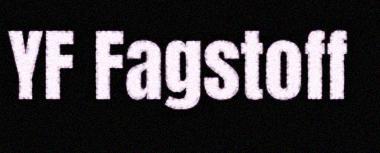
YF Fagstoff